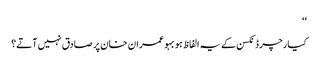
‘‘
کیارچرڈ نکسن کے یہ الفاظ ہوبہو عمران خان پر صادق نہیں آتے؟